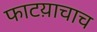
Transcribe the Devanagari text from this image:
फाटय़ाचाच